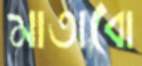
মাতাবো